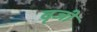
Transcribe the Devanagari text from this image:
वृजी